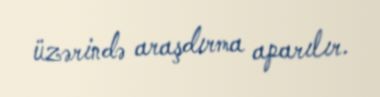
üzərində araşdırma aparılır.